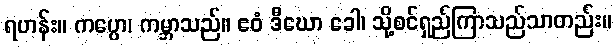
ရဟန်း။ ကပ္ပော၊ ကမ္ဘာသည်။ ဧဝံ ဒီဃော ခေါ၊ သို့စင်ရှည်ကြာသည်သာတည်း။